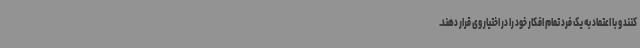
کنند و با اعتماد به یک فرد تمام افکار خود را در اختیار وی قرار دهند.